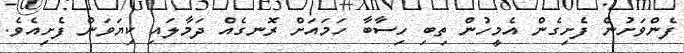
ފެންވަށުން ފެށިގެން އެމީހުން ތިބި ހިސާބާ ހަމައަށް ރޮނގެއް ދަމާލައި ކިޔަވަން ފެށިއެވެ.